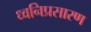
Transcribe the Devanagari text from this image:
ध्वनिप्रसारण